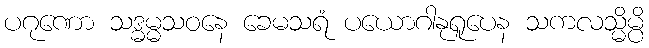
ပဂုဏော သဒ္ဓမ္မသဝနေ ခေမသရံ ပယောဂါနုရူပေန သကလသ္မိမ္ပိ